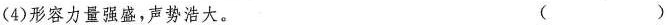
(4)形容力量强盛，声势浩大。 ( )